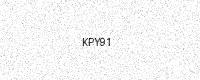
Text: KPY91